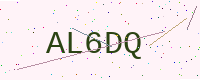
Text: AL6DQ